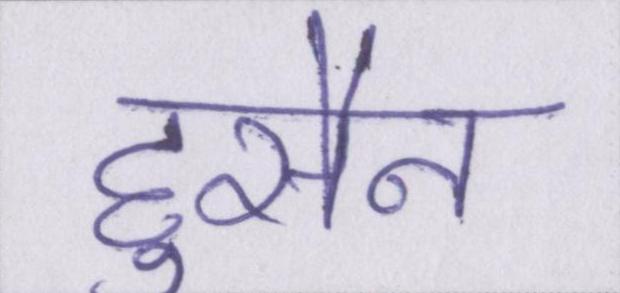
हुसैन